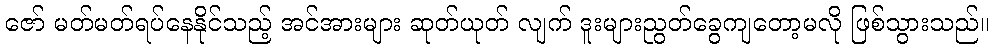
ဇော် မတ်မတ်ရပ်နေနိုင်သည့် အင်အားများ ဆုတ်ယုတ် လျက် ဒူးများညွတ်ခွေကျတော့မလို ဖြစ်သွားသည်။